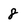
Character: 8